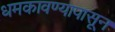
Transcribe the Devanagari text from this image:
धमकावण्यापासून